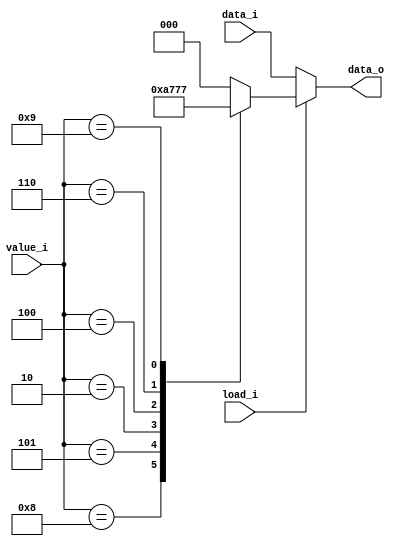
module LOADER(data_o, load_i, value_i, data_i);
	input		[3:0] value_i;
	input		[2:0] data_i;
	input 	load_i;
	output 	[2:0] data_o;
	
	wire		[3:0] value_i;
	wire		[2:0] data_i;
	wire	 	load_i;
	reg 		[2:0] data_o;
	
	always @ (data_i, load_i, value_i) begin
		if (load_i == 1'b0) data_o = data_i;
		else
		begin
			case (value_i)
				4'd1: data_o = 3'd0;
				4'd8: data_o = 3'd1;
				4'd5: data_o = 3'd2;
				4'd2: data_o = 3'd3;
				4'd4: data_o = 3'd5;
				4'd6: data_o = 3'd6;
				4'd9: data_o = 3'd7;
				default: data_o = 3'd0;
			endcase
		end
	end
endmodule